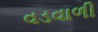
વડવાળી